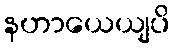
နဟာယေယျပိ